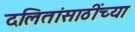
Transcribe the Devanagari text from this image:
दलितांसाठींच्या